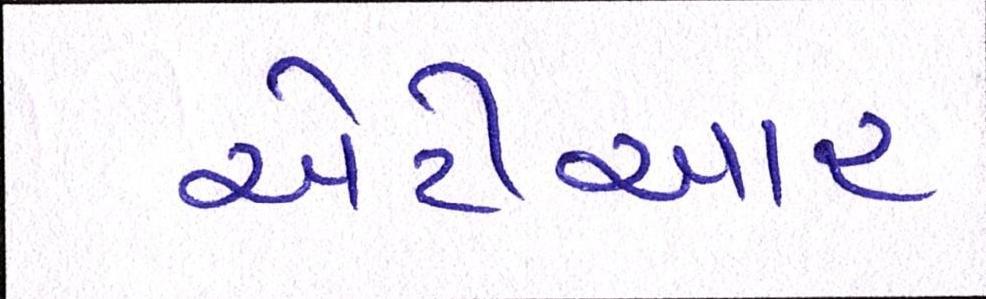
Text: એટીઆર